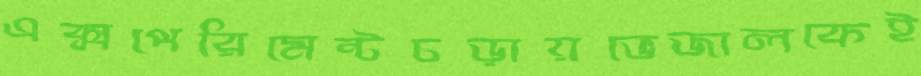
এক্সপেরিমেন্টচড়ায়ভেজালকেই